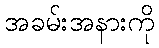
အခမ်းအနားကို